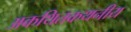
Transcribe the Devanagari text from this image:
अकथितकथनीय